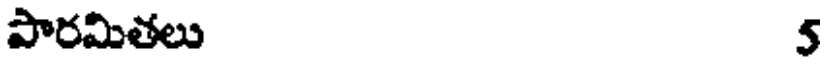
పారమితలు 5